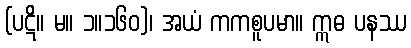
(ပဋိ။ မ။ ၁။၁၆၀)၊ အယံ ကကစူပမာ။ ဣဓ ပနဿ